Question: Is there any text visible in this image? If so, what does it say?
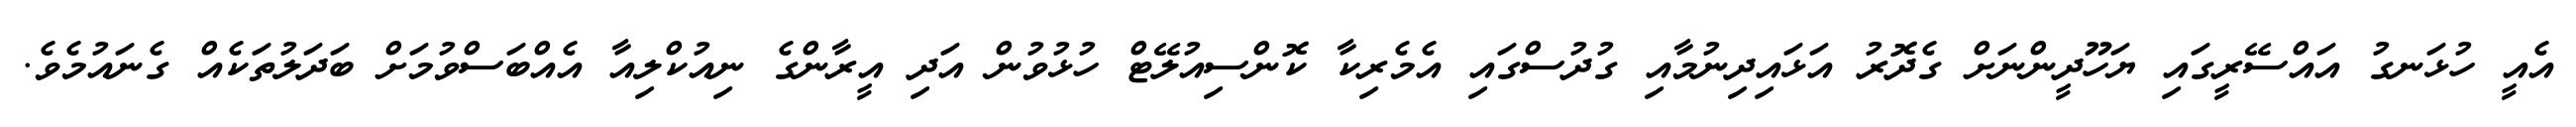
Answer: އެއީ ހުޅަނގު އައްސޭރީގައި ޔަހޫދީންނަށް ގެދޮރު އަޅައިދިނުމާއި ގުދުސްގައި އެމެރިކާ ކޮންސިއުލޭޓް ހުޅުވުން އަދި އީރާންގެ ނިއުކްލިއާ އެއްބަސްވުމަށް ބަދަލުތަކެއް ގެނައުމެވެ.